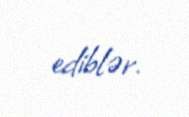
ediblər.